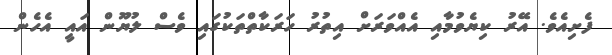
ފެށިއެވެ. އޭރު ކިޔެވުމާއި އެއްވަރަށް އިތުރު ހަރަކާތްތަކުގައި ވެސް ލުޔޫން އައީ އެހެން